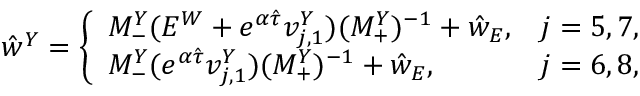
\begin{array} { r } { \hat { w } ^ { Y } = \left\{ \begin{array} { l l } { M _ { - } ^ { Y } ( E ^ { W } + e ^ { \alpha \hat { \tau } } v _ { j , 1 } ^ { Y } ) ( M _ { + } ^ { Y } ) ^ { - 1 } + \hat { w } _ { E } , } & { j = 5 , 7 , } \\ { M _ { - } ^ { Y } ( e ^ { \alpha \hat { \tau } } v _ { j , 1 } ^ { Y } ) ( M _ { + } ^ { Y } ) ^ { - 1 } + \hat { w } _ { E } , } & { j = 6 , 8 , } \end{array} \right. } \end{array}